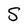
Character: S